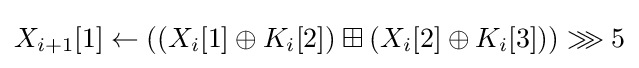
X_{i+1}[1]\leftarrow \left(\left(X_{i}[1]\oplus K_{i}[2]\right)\boxplus \left(X_{i}[2]\oplus K_{i}[3]\right)\right)\ggg 5